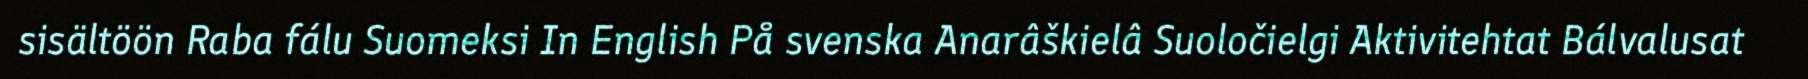
sisältöön Raba fálu Suomeksi In English På svenska Anarâškielâ Suoločielgi Aktivitehtat Bálvalusat